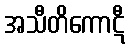
အသီတိကောဋီ